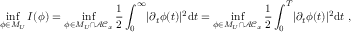
\operatorname* { i n f } _ { \phi \in M _ { U } } I ( \phi ) = \operatorname* { i n f } _ { \phi \in M _ { U } \cap \mathcal { A C } _ { x } } \frac { 1 } { 2 } \int _ { 0 } ^ { \infty } \lvert \partial _ { t } \phi ( t ) \rvert ^ { 2 } \mathrm { d } t = \operatorname* { i n f } _ { \phi \in M _ { U } \cap \mathcal { A C } _ { x } } \frac { 1 } { 2 } \int _ { 0 } ^ { T } \lvert \partial _ { t } \phi ( t ) \rvert ^ { 2 } \mathrm { d } t \ ,